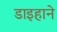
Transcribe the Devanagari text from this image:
डाइहाने